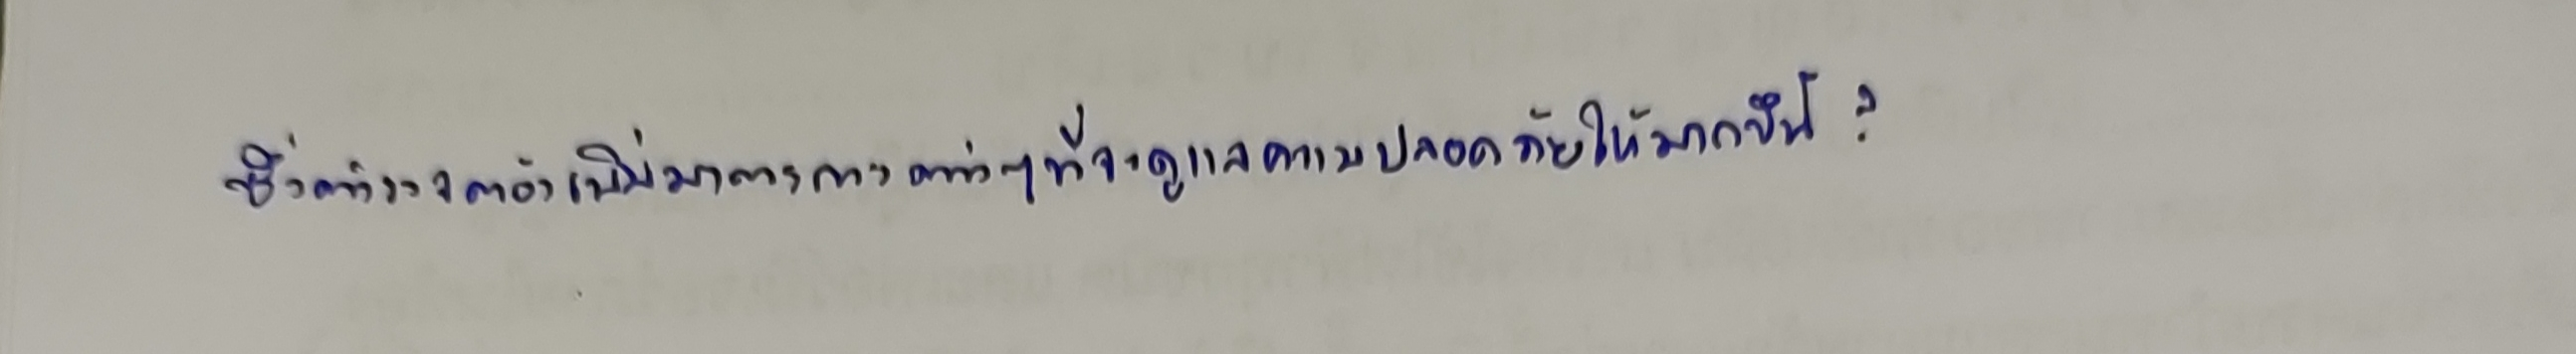
ซึ่งตำรวจต้องเพิ่มมาตรการต่างๆที่จะดูแลความปลอดภัยให้มากขึ้น?